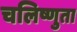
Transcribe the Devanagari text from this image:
चलिष्णुता